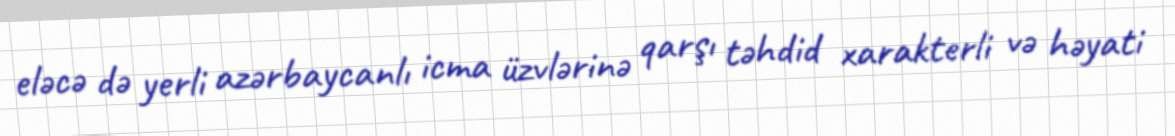
eləcə də yerli azərbaycanlı icma üzvlərinə qarşı təhdid xarakterli və həyati